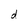
Character: d